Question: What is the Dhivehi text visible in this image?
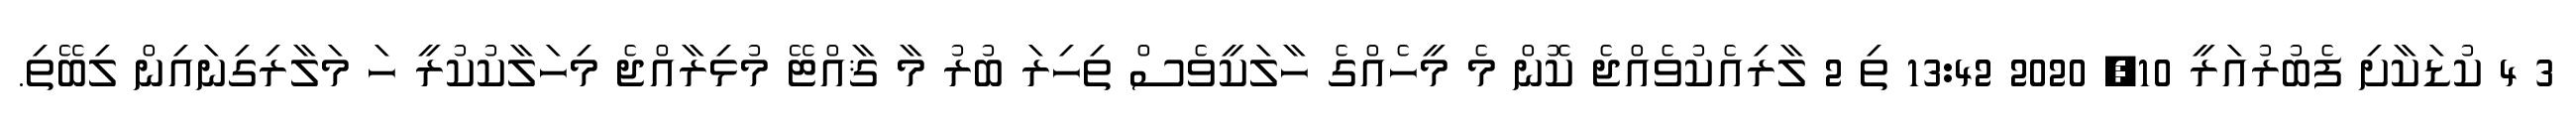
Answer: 3 4 ކުޑަކާށި ފެބުރުއަރީ 10, 2020 13:42 ތި 2 ލާރިއެކުވެއްޖެ ކޮން މެ މީހެއްގެ ހާލަކީވެސް ތިހިރަ ބުރު މާ ޤާއްޓޭ މުޅިރާއްޖެ މިހަލާކުކުރީ ހަ މަލާރިގިނައިން ލިބޭތި.